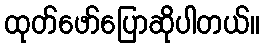
ထုတ်ဖော်ပြောဆိုပါတယ်။